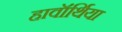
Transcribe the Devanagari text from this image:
हावॉर्थिया